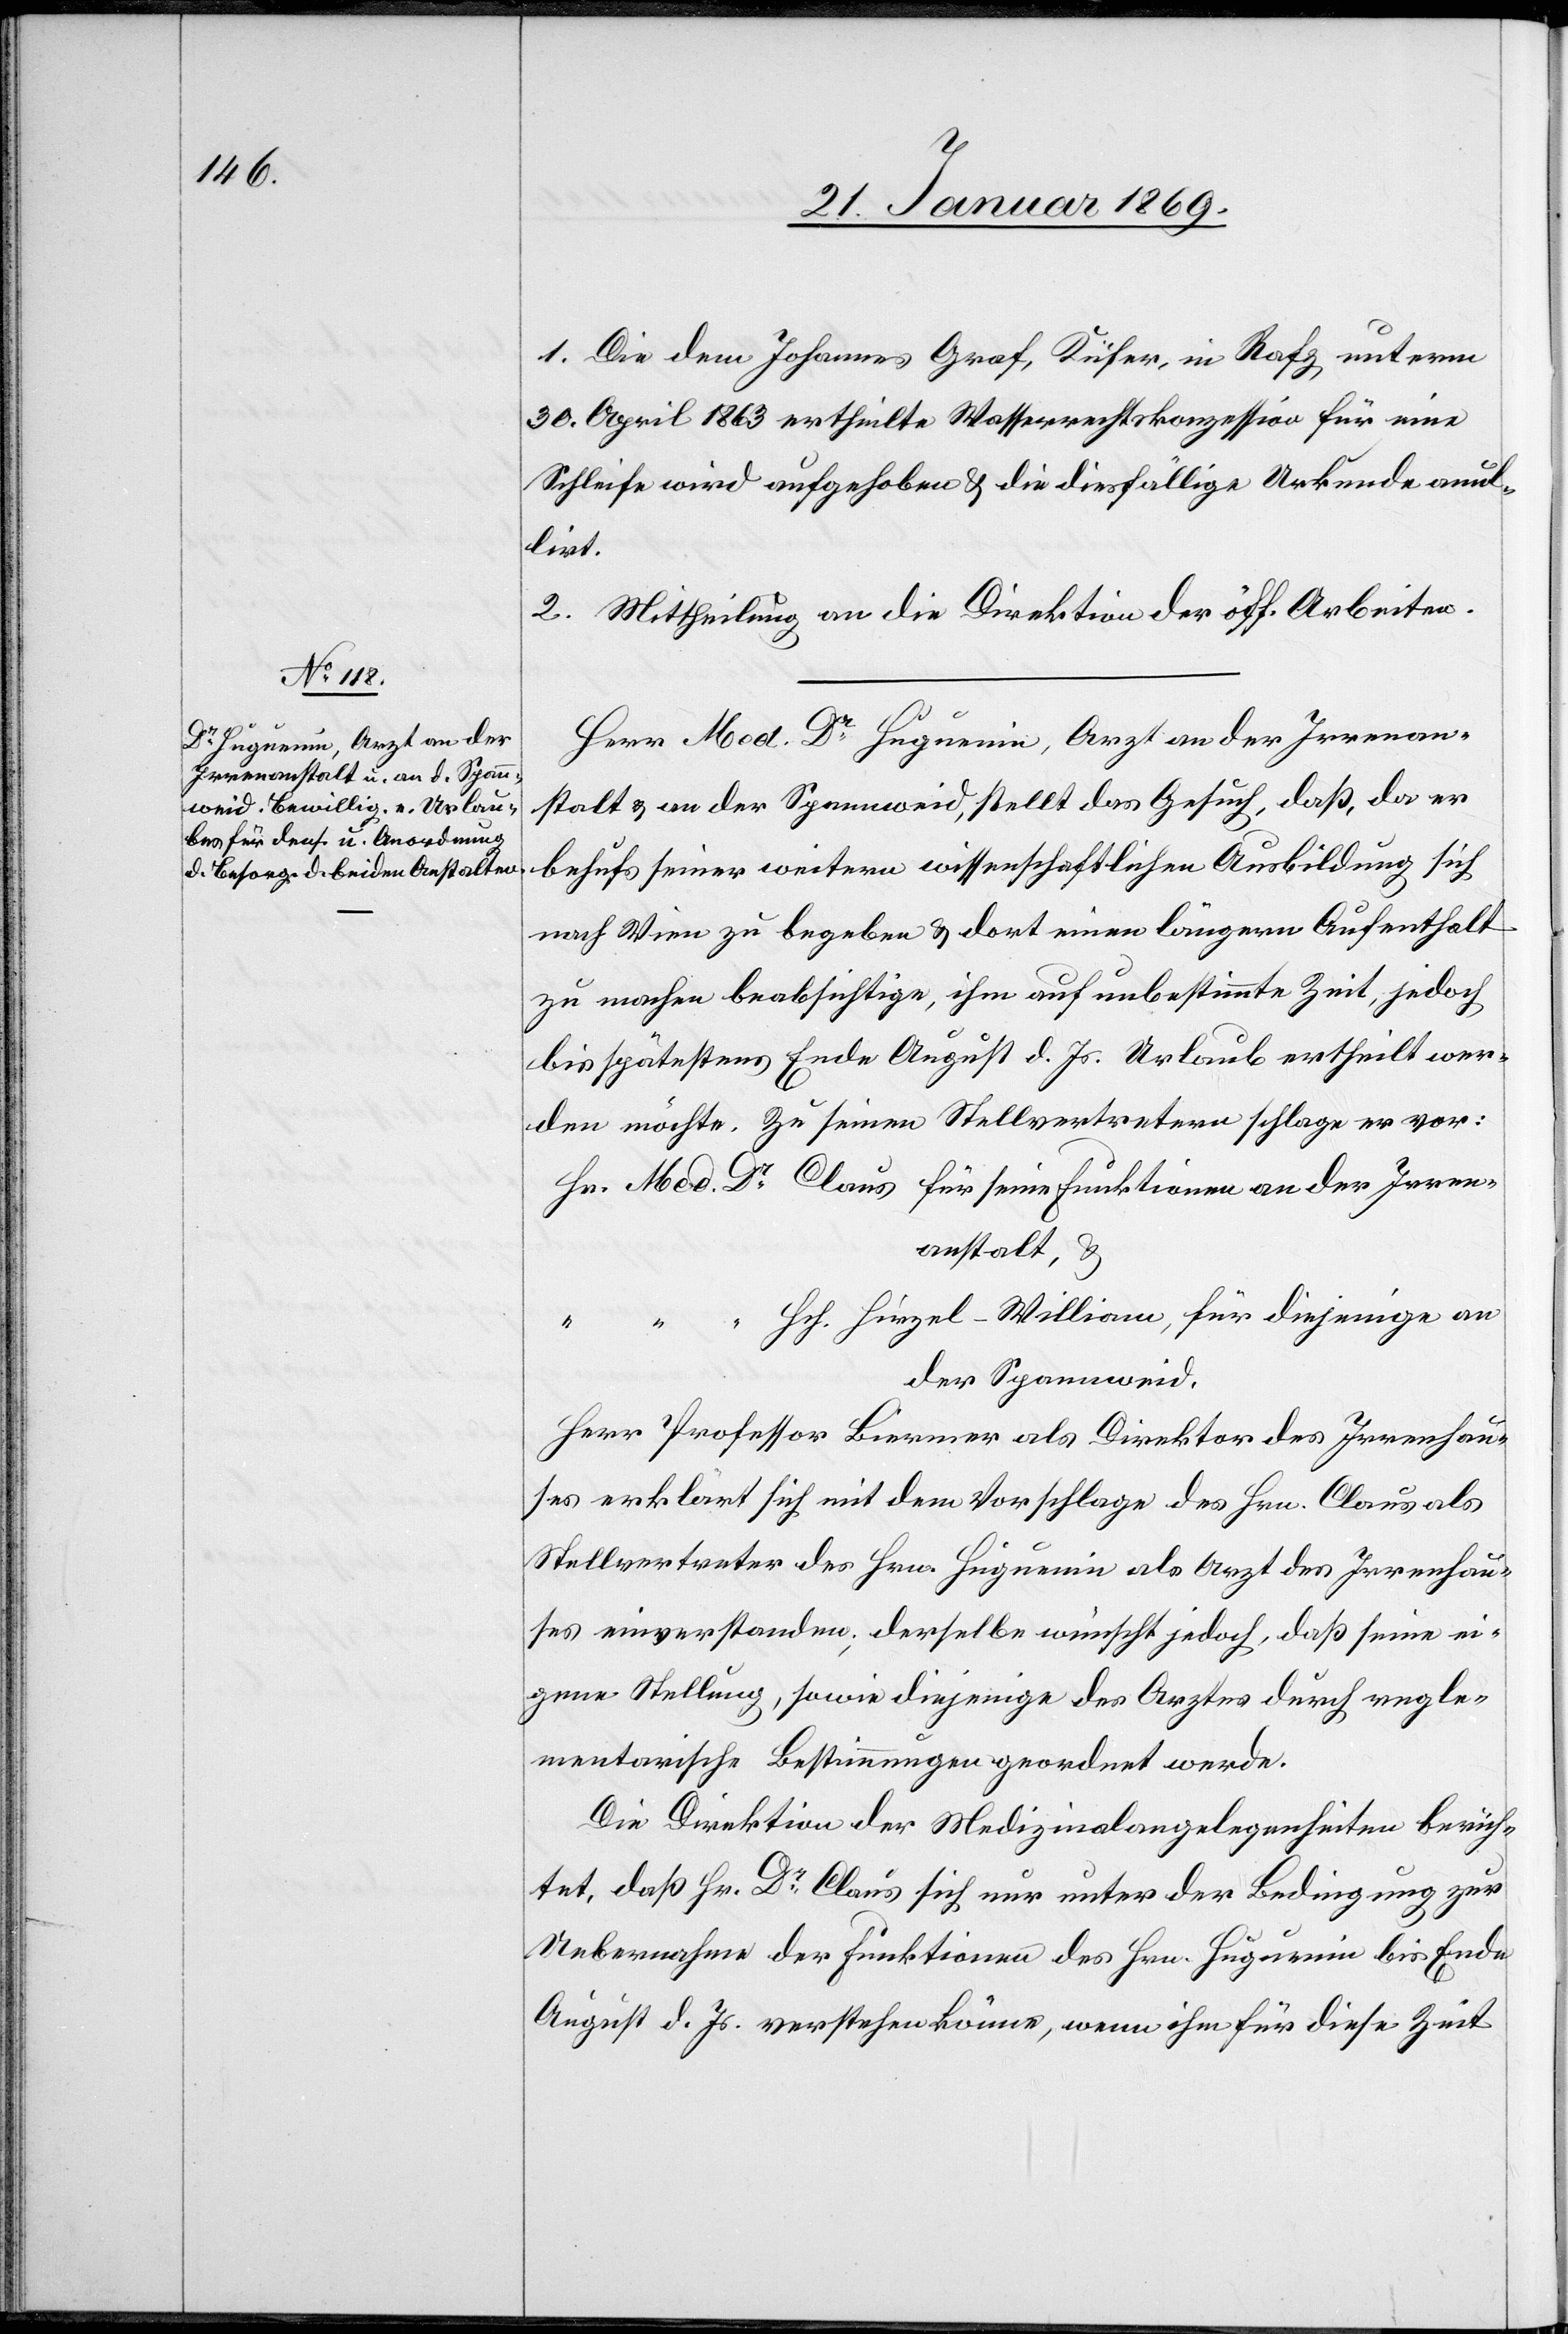
1. Die dem Johannes Graf, Küfer, in Rafz, unterm
30. April 1863 ertheilte Wasserrechtskonzession für eine
Schleife wird aufgehoben & die diesfällige Urkunde annul¬
lirt.
2. Mittheilung an die Direktion der öff. Arbeiten.
Herr Med. Dr Huguenin, Arzt an der Irrenan¬
stalt & an der Spannweid, stellt das Gesuch, daß, da er
behufs seiner weitern wissenschaftlichen Ausbildung sich
nach Wien zu begeben & dort einen längern Aufenthalt
zu machen beabsichtige, ihm auf unbestimmte Zeit, jedoch
bis spätestens Ende August d. Js. Urlaub ertheilt wer¬
den möchte. Zu seinen Stellvertretern schlage er vor:
Hr. Med Dr Claus für seine Funktionen an der Irren¬
anstalt, &
“	 “	 “ Hch. Hirzel-William, für diejenige an
der Spannweid.
Herr Professor Biermer als Direktor des Irrenhau¬
ses erklärt sich mit dem Vorschlage des Hrn. Claus als
Stellvertreter des Hrn. Huguenin als Arzt des Irrenhau¬
ses einverstanden, derselbe wünscht jedoch, daß seine ei¬
gene Stellung, sowie diejenige des Arztes durch regle¬
mentarische Bestimmungen angeordnet werde.
Die Direktion der Medizinalangelegenheiten berich¬
tet, daß Hr. Dr Claus sich nur unter der Bedingung zur
Uebernahme der Funktionen des Hrn. Huguenin bis Ende
August d. Js. verstehen könne, wenn ihm für diese Zeit